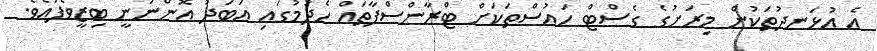
އެ އުޅަނދުތަކުން މިރަށުގެ ގެސްޓް ހައުސްތަކަށް ޓްރާންސްފާތައް ހެދުމުގައި އަބަދު އޮންނަނީ ބިޒީވެފައެވެ.